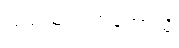
ပြည်သူ့လွှတ်တော်သို့